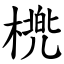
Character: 橷